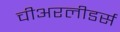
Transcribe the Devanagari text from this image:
चीअरलीडर्स